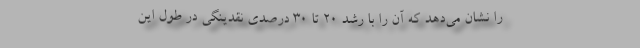
را نشان می‌دهد که آن را با رشد 20 تا 30 درصدی نقدینگی در طول این